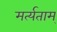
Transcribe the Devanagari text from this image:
मर्त्यताम्